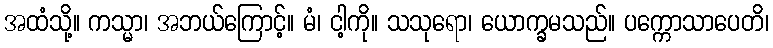
အထံသို့။ ကသ္မာ၊ အဘယ်ကြောင့်။ မံ၊ ငါ့ကို။ သသုရော၊ ယောက္ခမသည်။ ပက္ကောသာပေတိ၊